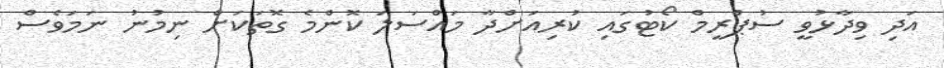
އަދި ވިދާޅުވީ ސުޕްރީމް ކޯޓުގައި ކުރިއަށްދާ މައްސަލަ ކޮންމެ ގޮތަކަށް ނިމުނު ނަމަވެސް